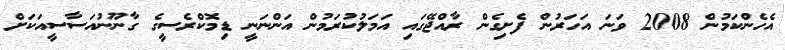
އެހެންކަމުން 2008 ވަނަ އަހަރުން ފެށިގެން ރާއްޖޭގައި އަމަލުކުރަމުން އަންނަނީ ޑިމޮކްރެސީގެ ގާނޫނުއަސާސީއަކަށް